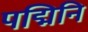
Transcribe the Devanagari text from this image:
पद्मिनि